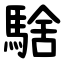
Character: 騇